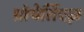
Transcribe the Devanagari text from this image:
प्रोपेर्तिएज़